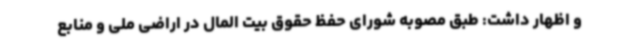
و اظهار داشت: طبق مصوبه شورای حفظ حقوق بیت المال در اراضی ملی و منابع